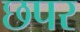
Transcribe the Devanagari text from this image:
छपर